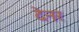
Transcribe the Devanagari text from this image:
देनर